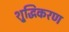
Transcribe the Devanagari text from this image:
शु्द्धिकरण